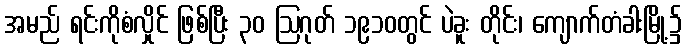
အမည် ရင်းကိုစံလှိုင် ဖြစ်ပြီး ၃၀ ဩဂုတ် ၁၉၁၀တွင် ပဲခူး တိုင်း၊ ကျောက်တံခါးမြို့၌